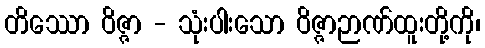
တိဿော ဝိဇ္ဇာ - သုံးပါးသော ဝိဇ္ဇာဉာဏ်ထူးတို့ကို၊